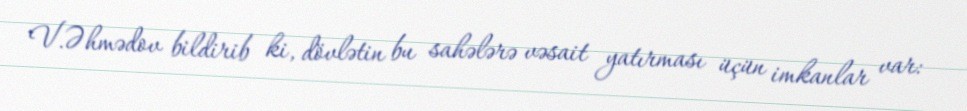
V.Əhmədov bildirib ki, dövlətin bu sahələrə vəsait yatırması üçün imkanlar var: